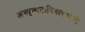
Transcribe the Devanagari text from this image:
अस्पृश्‍यतानिवारणाची